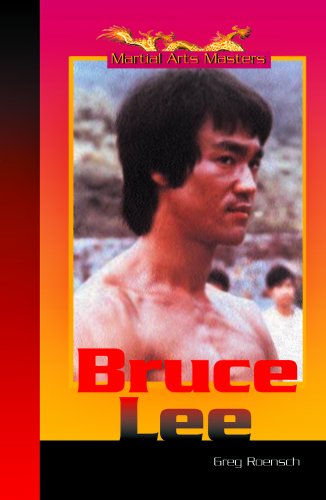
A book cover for Bruce Lee (Martial Arts Masters); Greg Roensch; Teen & Young Adult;